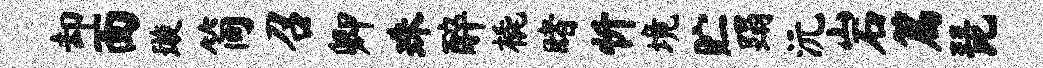
却面璇简召卿珠醉橇睹忻境贮蹋沅岩篇琵